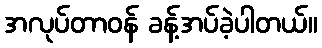
အလုပ်တာဝန် ခန့်အပ်ခဲ့ပါတယ်။